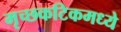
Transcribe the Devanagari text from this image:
मृच्छकटिकमध्ये